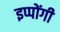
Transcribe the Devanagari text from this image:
इप्पोंगी